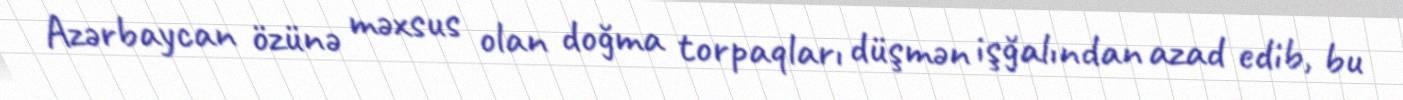
Azərbaycan özünə məxsus olan doğma torpaqları düşmən işğalından azad edib, bu